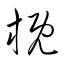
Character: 概